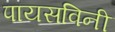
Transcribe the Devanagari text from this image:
पायसविनी